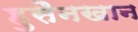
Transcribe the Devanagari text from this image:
हुसैनखान